Plague in India, 1896, 1897 - Volume 2
Year: 1896
Disease focus: Plague
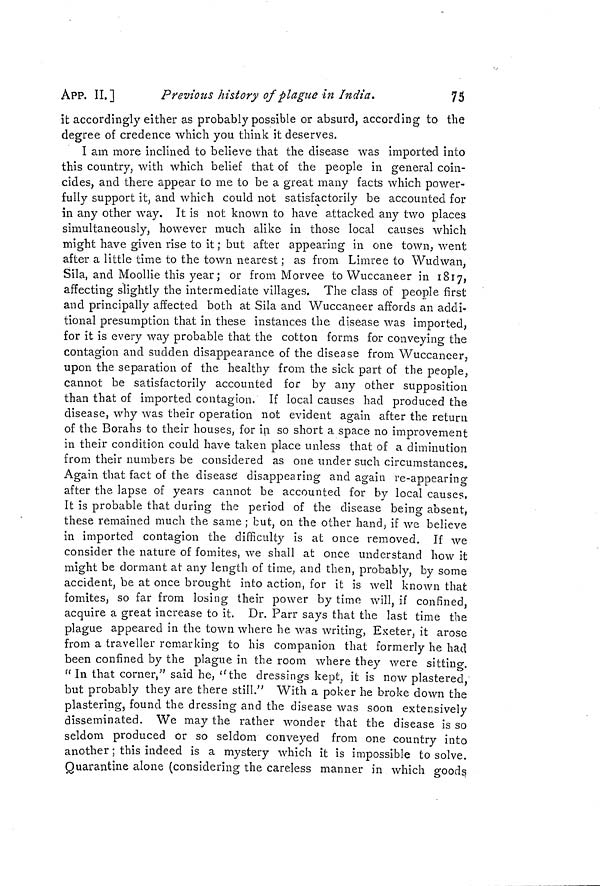
APP. II.]
Previous history of plague in India.
75
it accordingly either as probably possible or absurd, according to the
degree of credence which you think it deserves.
I am more inclined to believe that the disease was imported into
this country, with which belief that of the people in general coin-
cides, and there appear to me to be a great many facts which power-
fully support it, and which could not satisfactorily be accounted for
in any other way. It is not known to have attacked any two places
simultaneously, however much alike in those local causes which
might have given rise to it ; but after appearing in one town, went
after a little time to the town nearest ; as from Limree to Wudwan,
Sila, and Moollie this year ; or from Morvee to Wuccaneer in 1817,
affecting slightly the intermediate villages. The class of people first
and principally affected both at Sila and Wuccaneer affords an addi-
tional presumption that in these instances the disease was imported,
for it is every way probable that the cotton forms for conveying the
contagion and sudden disappearance of the disease from Wuccancer,
upon the separation of the healthy from the sick part of the people,
cannot be satisfactorily accounted for by any other supposition
than that of imported contagion. If local causes had produced the
disease, why was their operation not evident again after the return
of the Borahs to their houses, for in so short a space no improvement
in their condition could have taken place unless that of a diminution
from their numbers be considered as one under such circumstances.
Again that fact of the disease disappearing and again re-appearing
after the lapse of years cannot be accounted for by local causes.
It is probable that during the period of the disease being absent,
these remained much the same ; but, on the other hand, if we believe
in imported contagion the difficulty is at once removed. If we
consider the nature of fomites, we shall at once understand how it
might be dormant at any length of time, and then, probably, by some
accident, be at once brought into action, for it is well known that
fomites, so far from losing their power by time will, if confined,
acquire a great increase to it. Dr. Parr says that the last time the
plague appeared in the town where he was writing, Exeter, it arose
from a traveller remarking to his companion that formerly he had
been confined by the plague in the room where they were sitting.
"In that corner" said he, "the dressings kept, it is now plastered,
but probably they are there still." With a poker he broke down the
plastering, found the dressing and the disease was soon extensively
disseminated. We may the rather wonder that the disease is so
seldom produced or so seldom conveyed from one country into
another ; this indeed is a mystery which it is impossible to solve.
Quarantine alone (considering the careless manner in which goods